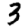
Digit: 3